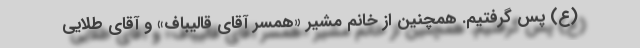
(ع) پس گرفتیم. همچنین از خانم مشیر «همسر آقای قالیباف» و آقای طلایی